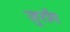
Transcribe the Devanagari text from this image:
जुराँग